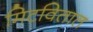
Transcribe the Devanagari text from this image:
मिटवितात